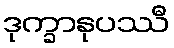
ဒုက္ခာနုပဿီ